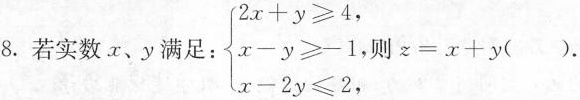
8.若实数x、y满足： $$\left \{ \begin {matrix} 2 x + y \geq 4 , \\ x - y \geq - 1 , \\ x - 2 y \leq 2 , \\ \end {matrix} \right .$$则$$z = x + y$$().